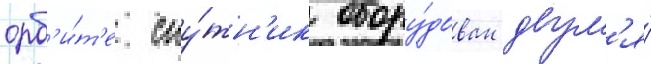
орб'и́т'е спу́тн'ик обору́дован двум'я́